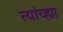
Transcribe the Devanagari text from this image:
त्यांच्ह्या